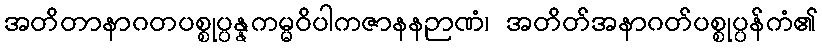
အတိတာနာဂတပစ္စုပ္ပန္နကမ္မဝိပါကဇာနနဉာဏံ၊ အတိတ်အနာဂတ်ပစ္စုပ္ပန်ကံ၏